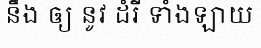
នឹង ឲ្យ នូវ ដំរី ទាំងឡាយ